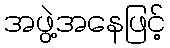
အဖွဲ့အနေဖြင့်